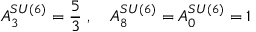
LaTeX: A _ { 3 } ^ { S U ( 6 ) } = \frac { 5 } { 3 } \, \, , \quad A _ { 8 } ^ { S U ( 6 ) } = A _ { 0 } ^ { S U ( 6 ) } = 1